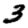
Digit: 3